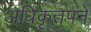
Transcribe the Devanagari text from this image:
अधिकृतपने